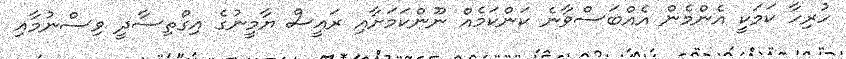
ހުރިހާ ކަމަކީ އެންމެން އެއްބަސްވާނެ ކަންކަމެއް ނޫންކަމަށާއި ރައީސް ޔާމީނުގެ އިގްތިސާދީ ވިސްނުމާއި